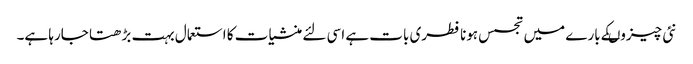
نئی چیزوںکے بارے میں تجسس ہونا فطری بات ہے اسی لئے منشیات کا استعمال بہت بڑھتا جارہا ہے۔